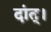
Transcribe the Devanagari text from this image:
दांत्।